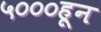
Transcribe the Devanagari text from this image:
५०००हून